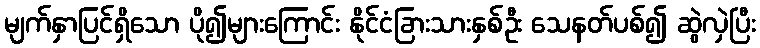
မျက်နှာပြင်ရှိသော ပို၍များကြောင်း နိုင်ငံခြားသားနှစ်ဦး သေနတ်ပစ်၍ ဆွဲလှဲပြီး